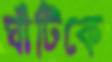
ঘাঁটিকে